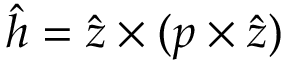
\boldsymbol { \hat { h } } = \boldsymbol { \hat { z } } \times ( \boldsymbol { p } \times \boldsymbol { \hat { z } } )